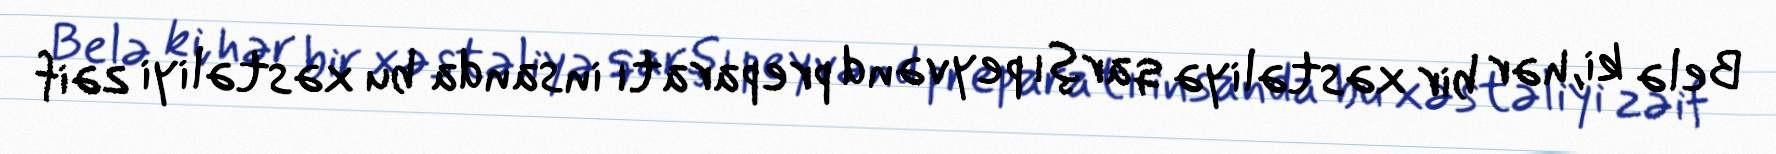
Belə ki, hər bir xəstəliyə qarşı peyvənd preparatı insanda bu xəstəliyi zəif